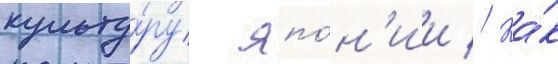
культу́ру япо́н'ии // Ка́к